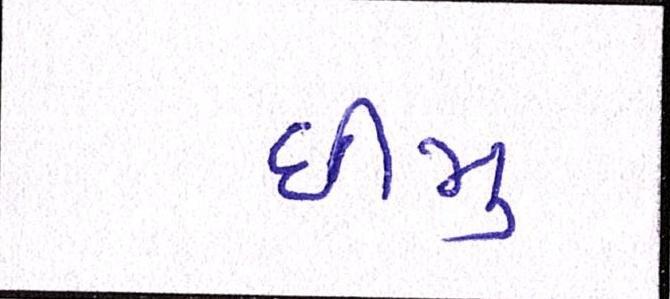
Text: ધીમુ